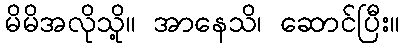
မိမိအလိုသို့။ အာနေသိ၊ ဆောင်ပြီး။